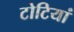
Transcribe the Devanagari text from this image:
टोटियां